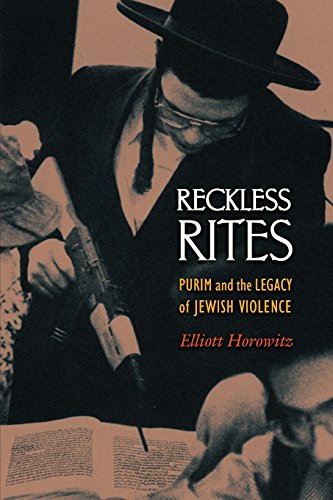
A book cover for Reckless Rites: Purim and the Legacy of Jewish Violence (Jews, Christians, and Muslims from the Ancient to the Modern World); Elliott Horowitz; Religion & Spirituality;